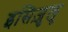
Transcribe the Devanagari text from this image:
इसिज़ुलु